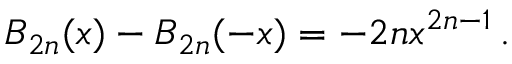
B _ { 2 n } ( x ) - B _ { 2 n } ( - x ) = - 2 n x ^ { 2 n - 1 } \, .